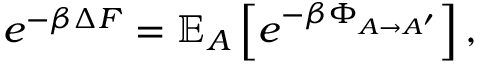
e ^ { - \beta \Delta F } = \mathbb { E } _ { A } \left[ e ^ { - \beta \Phi _ { A \rightarrow A ^ { \prime } } } \right] ,